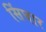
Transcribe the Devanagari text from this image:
सिंघार